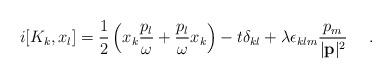
LaTeX: \begin{align*}i[K_{k},x_{l}] = \frac{1}{2}\left( x_{k}\frac{p_{l}}{\omega}+ \frac{p_{l}}{\omega}x_{k} \right) - t\delta _{kl} +\lambda \epsilon _{klm}\frac{p_m}{|{\bf p }|^2}~~~~.\end{align*}